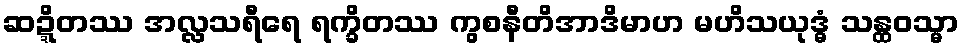
ဆဍ္ဍိတဿ အလ္လသရီရေ ရက္ခိတဿ ကွစနီတိအာဒိမာဟ မဟိသယုဒ္ဓံ သန္ထဝသ္မာ